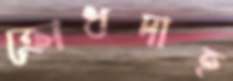
ক্রোধদাহ